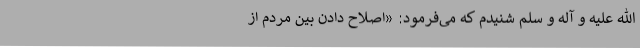
اللّه علیه و آله و سلّم شنیدم که می‌فرمود: «اصلاح دادن بین مردم از